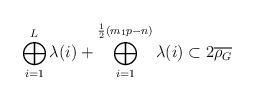
LaTeX: \begin{align*} \bigoplus_{i=1}^L \lambda(i) + \bigoplus_{i=1}^{\frac{1}{2}(m_1p-n)} \lambda(i) \subset 2\overline{\rho_G}\end{align*}